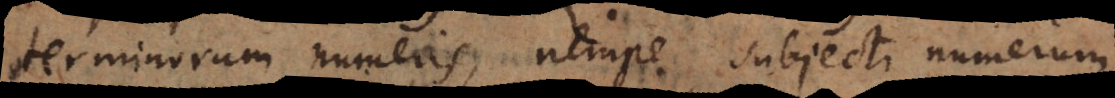
terminorum numeris, nempe subjecti numerum